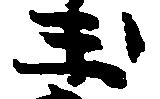
玉